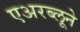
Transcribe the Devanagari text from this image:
एअरब्लूने